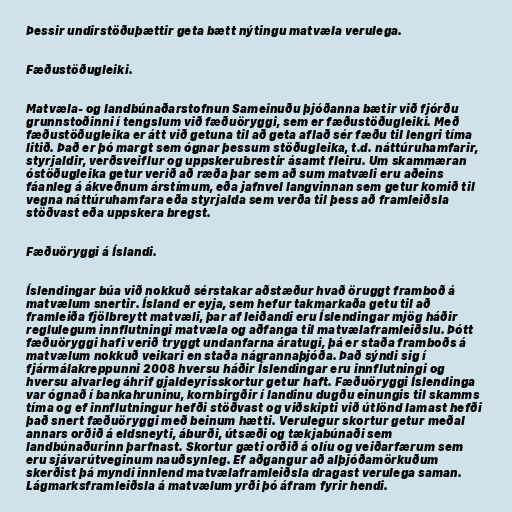
Þessir undirstöðuþættir geta bætt nýtingu matvæla verulega.

Fæðustöðugleiki.

Matvæla- og landbúnaðarstofnun Sameinuðu þjóðanna bætir við fjórðu
grunnstoðinni í tengslum við fæðuöryggi, sem er fæðustöðugleiki. Með
fæðustöðugleika er átt við getuna til að geta aflað sér fæðu til lengri tíma
litið. Það er þó margt sem ógnar þessum stöðugleika, t.d. náttúruhamfarir,
styrjaldir, verðsveiflur og uppskerubrestir ásamt fleiru. Um skammæran
óstöðugleika getur verið að ræða þar sem að sum matvæli eru aðeins
fáanleg á ákveðnum árstímum, eða jafnvel langvinnan sem getur komið til
vegna náttúruhamfara eða styrjalda sem verða til þess að framleiðsla
stöðvast eða uppskera bregst.

Fæðuöryggi á Íslandi.

Íslendingar búa við nokkuð sérstakar aðstæður hvað öruggt framboð á
matvælum snertir. Ísland er eyja, sem hefur takmarkaða getu til að
framleiða fjölbreytt matvæli, þar af leiðandi eru Íslendingar mjög háðir
reglulegum innflutningi matvæla og aðfanga til matvælaframleiðslu. Þótt
fæðuöryggi hafi verið tryggt undanfarna áratugi, þá er staða framboðs á
matvælum nokkuð veikari en staða nágrannaþjóða. Það sýndi sig í
fjármálakreppunni 2008 hversu háðir Íslendingar eru innflutningi og
hversu alvarleg áhrif gjaldeyrisskortur getur haft. Fæðuöryggi Íslendinga
var ógnað í bankahruninu, kornbirgðir í landinu dugðu einungis til skamms
tíma og ef innflutningur hefði stöðvast og viðskipti við útlönd lamast hefði
það snert fæðuöryggi með beinum hætti. Verulegur skortur getur meðal
annars orðið á eldsneyti, áburði, útsæði og tækjabúnaði sem
landbúnaðurinn þarfnast. Skortur gæti orðið á olíu og veiðarfærum sem
eru sjávarútveginum nauðsynleg. Ef aðgangur að alþjóðamörkuðum
skerðist þá myndi innlend matvælaframleiðsla dragast verulega saman.
Lágmarksframleiðsla á matvælum yrði þó áfram fyrir hendi.